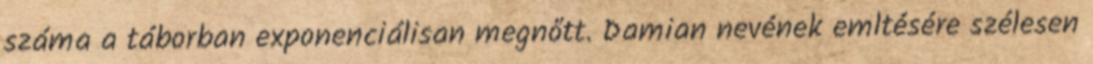
száma a táborban exponenciálisan megnőtt. Damian nevének emltésére szélesen